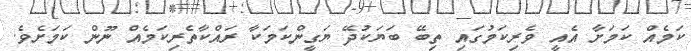
ކަމެއް ކަމަށާ އެއީ ވެރިކަމުގައި ތިބޭ ބަޔަކުދޭ ޔަގީންކަމަކާ ރައްކާތެރިކަމެއް ނޫން ކަމަށެވެ.